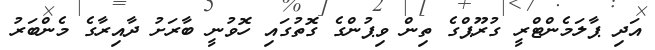
އަދި ޕާލަމެންޓްރީ ގުރޫޕްގެ ތިން ވިޕުންގެ ގޮތުގައި ހޮވުނީ ބާރަށު ދާއިރާގެ މެންބަރު